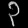
Digit: ၃